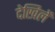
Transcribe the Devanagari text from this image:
देखिलें